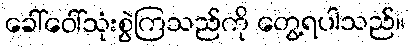
ခေါ်ဝေါ်သုံးစွဲကြသည်ကို တွေ့ရပါသည်။